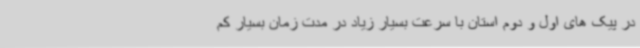
در پیک های اول و دوم استان با سرعت بسیار زیاد در مدت زمان بسیار کم